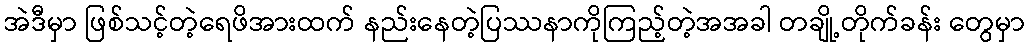
အဲဒီမှာ ဖြစ်သင့်တဲ့ရေဖိအားထက် နည်းနေတဲ့ပြဿနာကိုကြည့်တဲ့အအခါ တချို့တိုက်ခန်း တွေမှာ